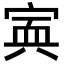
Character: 𡩂